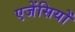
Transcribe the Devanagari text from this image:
एजेंसियों